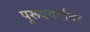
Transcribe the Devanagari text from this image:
पुरूषवर्गावर